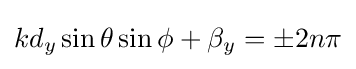
kd_{y}\sin \theta \sin \phi +\beta _{y}=\pm 2n\pi